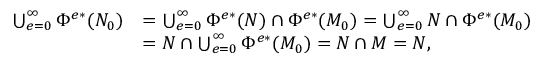
\begin{array} { r l } { \bigcup _ { e = 0 } ^ { \infty } \Phi ^ { e * } ( N _ { 0 } ) } & { = \bigcup _ { e = 0 } ^ { \infty } \Phi ^ { e * } ( N ) \cap \Phi ^ { e * } ( M _ { 0 } ) = \bigcup _ { e = 0 } ^ { \infty } N \cap \Phi ^ { e * } ( M _ { 0 } ) } \\ & { = N \cap \bigcup _ { e = 0 } ^ { \infty } \Phi ^ { e * } ( M _ { 0 } ) = N \cap M = N , } \end{array}